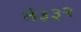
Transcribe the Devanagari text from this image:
ते३३२